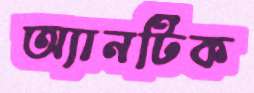
অ্যানটিক